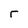
Character: r